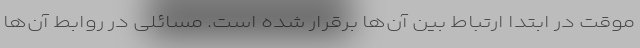
موقت در ابتدا ارتباط بین آن‌ها برقرار شده است. مسائلی در روابط آن‌ها